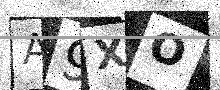
Text: A9XO